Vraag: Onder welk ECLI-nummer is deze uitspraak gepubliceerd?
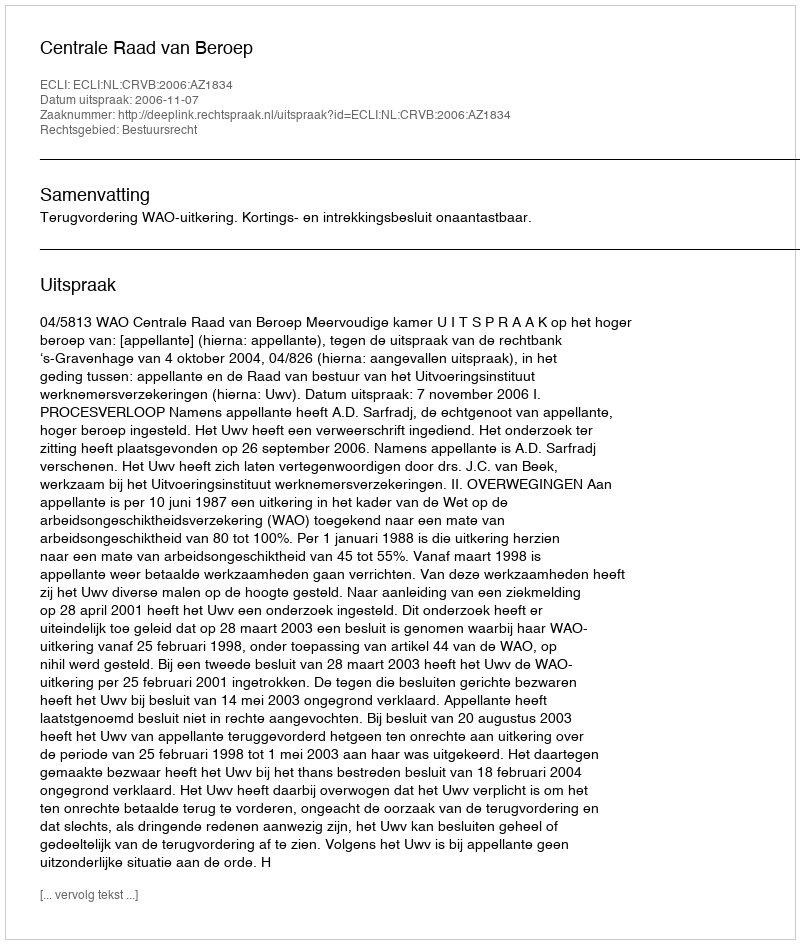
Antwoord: ECLI:NL:CRVB:2006:AZ1834